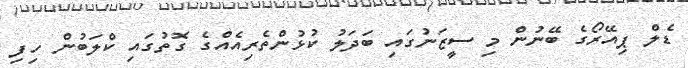
ޑެލް ޕިއޭރޯގެ ބޭނުން މި ސީޒަނުގައި ބަދަލު ކުޅުންތެރިއެއްގެ ގޮތުގައި ކްލަބުން ހިފި